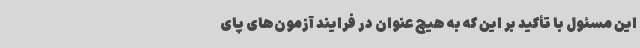
این مسئول با تأکید بر این که به هیچ عنوان در فرایند آزمون‌های پای